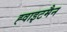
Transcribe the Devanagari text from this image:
ह्वाइटमैन